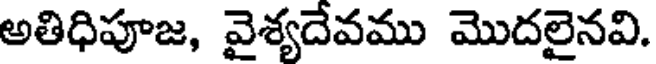
అతిధిపూజ, వైశ్యదేవము మొదలైనవి.